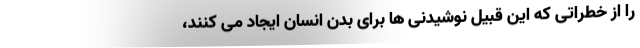
را از خطراتی که این قبیل نوشیدنی ها برای بدن انسان ایجاد می کنند،